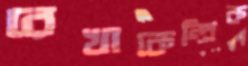
রেখাকেন্দ্রিক